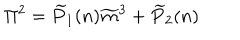
\Pi ^ { 2 } = \widetilde { P } _ { 1 } ( n ) \widetilde { m } ^ { 3 } + \widetilde { P } _ { 2 } ( n )